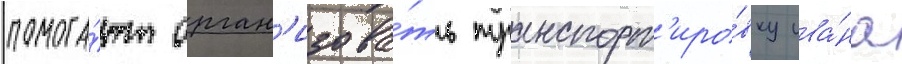
помога́ют орган'изова́ть транспорт'иро́вку ива́на